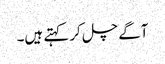
آگے چل کر کہتے ہیں۔